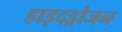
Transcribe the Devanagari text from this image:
हाइदड्रोजन